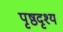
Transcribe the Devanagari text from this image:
पृष्ठदृश्य